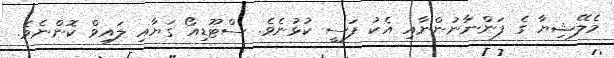
މެލޭޝިޔާ ގެ ފަންނާނުންނާއި އެކު ފަސީ ކުޅުނެވެ. ސްޓޫޑިއޯ ގަޔާއި ލައިވް ކޮންނެވެ.